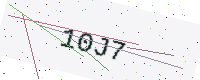
Text: 10J7